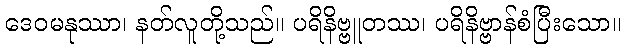
ဒေဝမနုဿာ၊ နတ်လူတို့သည်။ ပရိနိဗ္ဗူတဿ၊ ပရိနိဗ္ဗာန်စံပြီးသော။